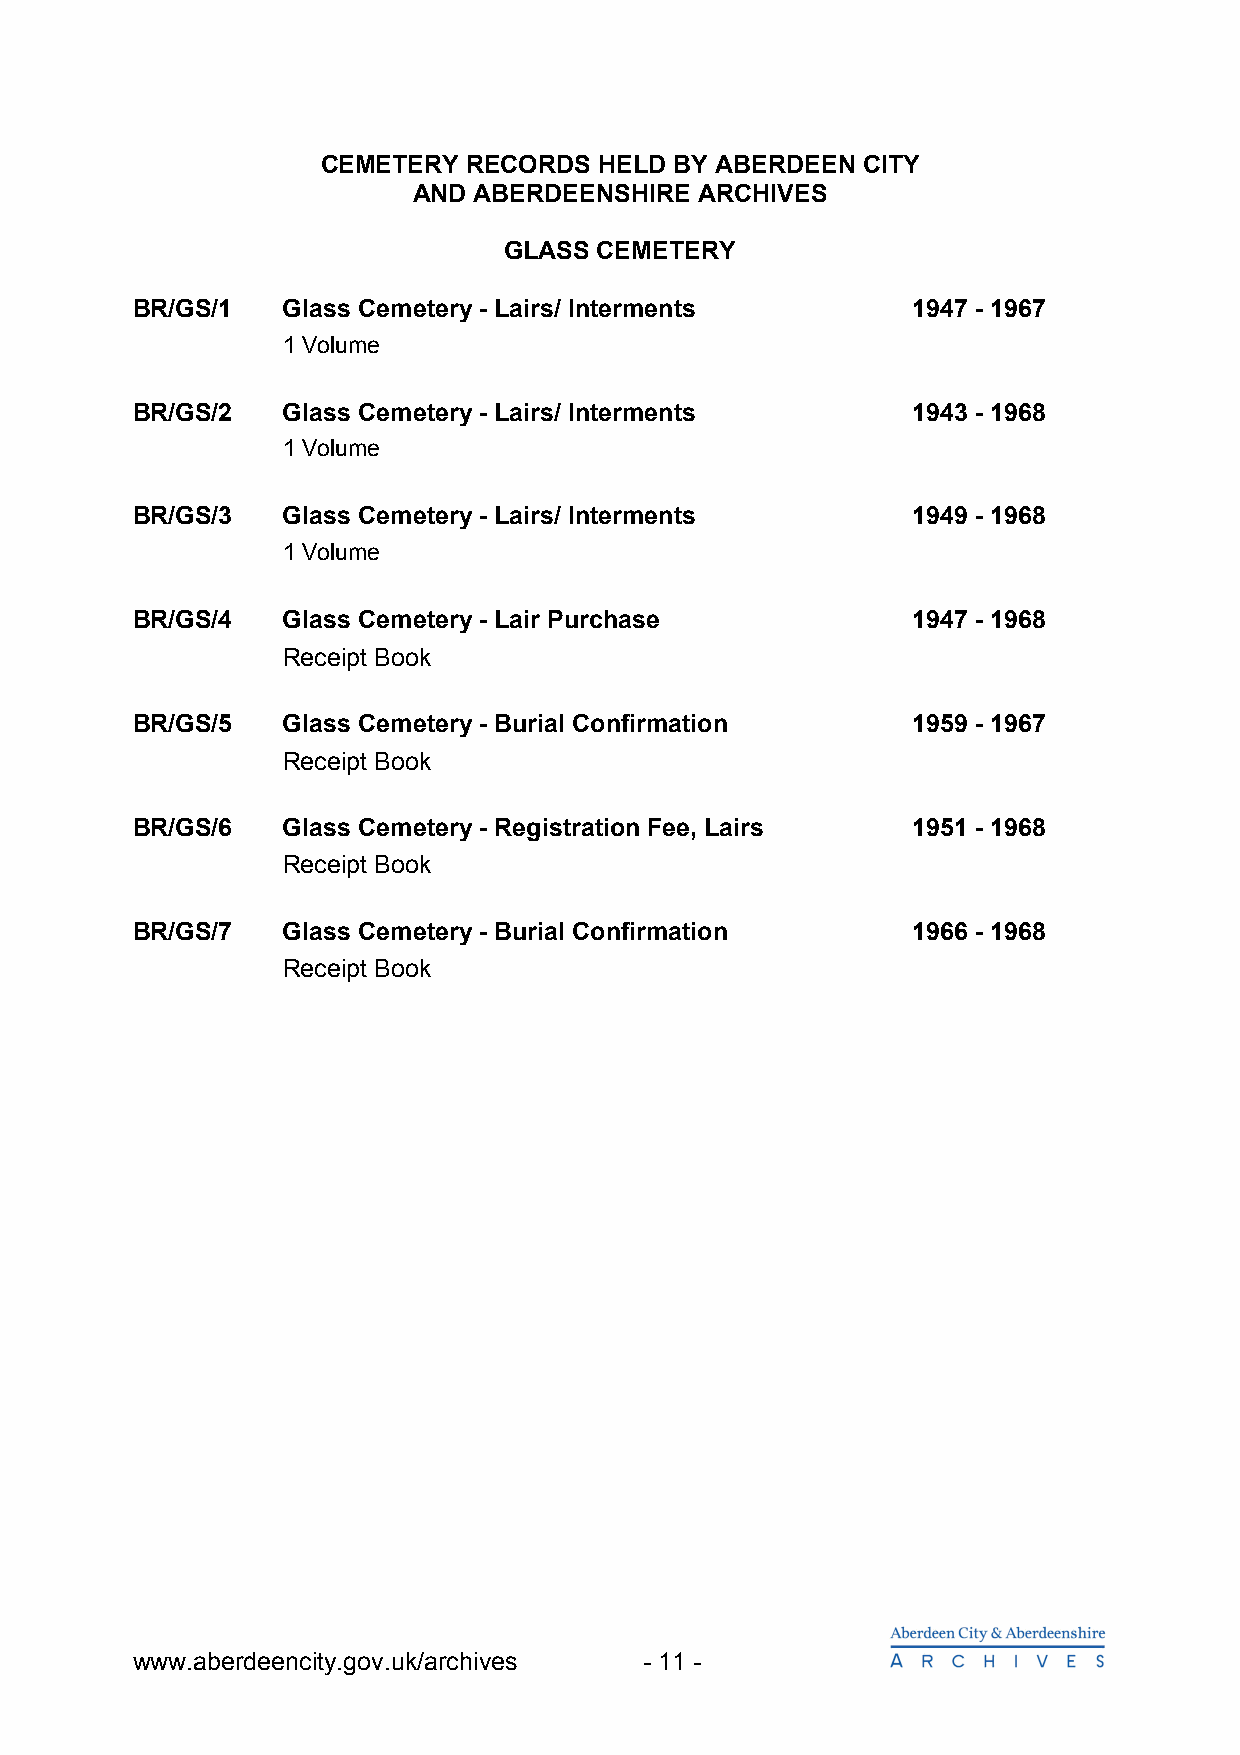
CEMETERY  RECORDS  HELD BY ABERDEEN CITY
 AND ABERDEENSHIRE  ARCHIVES
 GLASS  CEMETERY
 BR/GS/1   Glass Cemetery - Lairs/ Interments       1947 - 1967
 1 Volume
 BR/GS/2   Glass Cemetery - Lairs/ Interments       1943 - 1968
 1 Volume
 BR/GS/3   Glass Cemetery - Lairs/ Interments       1949 - 1968
 1 Volume
 BR/GS/4   Glass Cemetery - Lair Purchase           1947 - 1968
 Receipt Book
 BR/GS/5   Glass Cemetery - Burial Confirmation     1959 - 1967
 Receipt Book
 BR/GS/6   Glass Cemetery - Registration Fee, Lairs 1951 - 1968
 Receipt Book
 BR/GS/7   Glass Cemetery - Burial Confirmation     1966 - 1968
 Receipt Book
 www.aberdeencity.gov.uk/archives  - 11 -